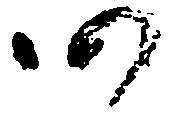
仍